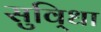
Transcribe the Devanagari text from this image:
सुवि्धा